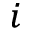
_ i